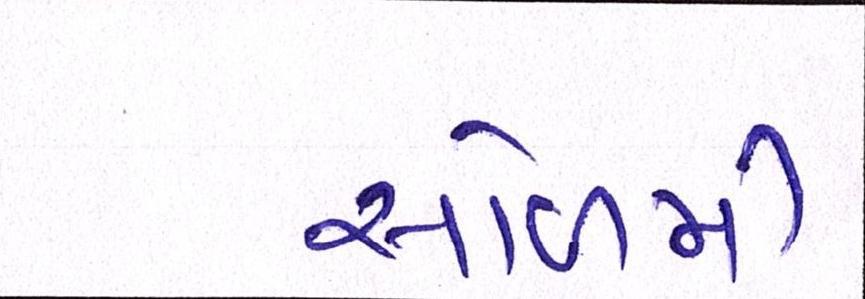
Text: સોળમી